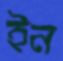
ইন